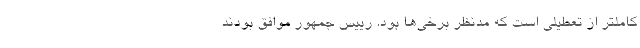
کاملتر از تعطیلی است که مدنظر برخی‌ها بود. رییس جمهور موافق بودند